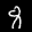
Label: 8